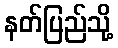
နတ်ပြည်သို့